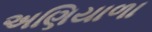
અણિયાળા